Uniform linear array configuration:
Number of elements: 4
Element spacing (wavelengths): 0.25
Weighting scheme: hann
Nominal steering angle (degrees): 30
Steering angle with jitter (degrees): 31.905
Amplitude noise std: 0.05
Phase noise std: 0.05

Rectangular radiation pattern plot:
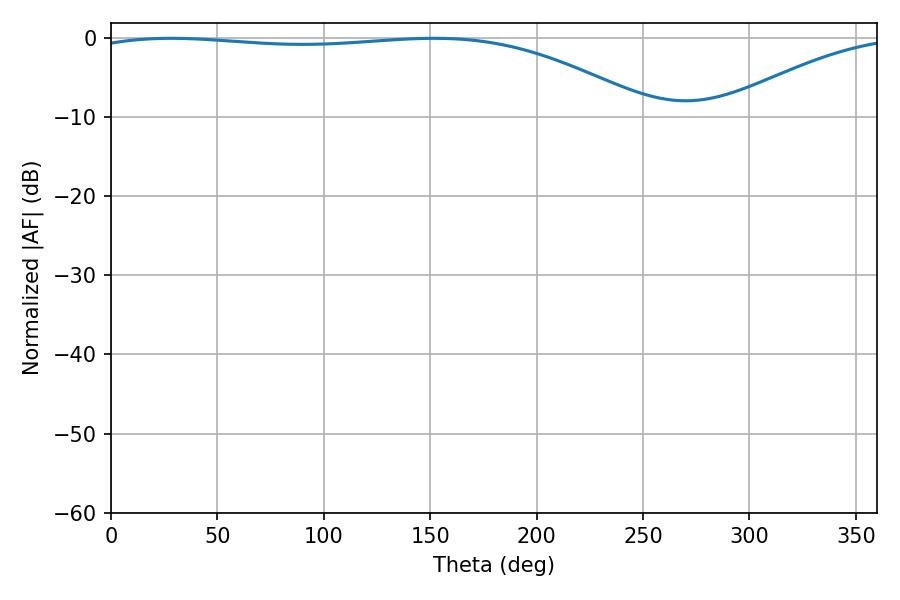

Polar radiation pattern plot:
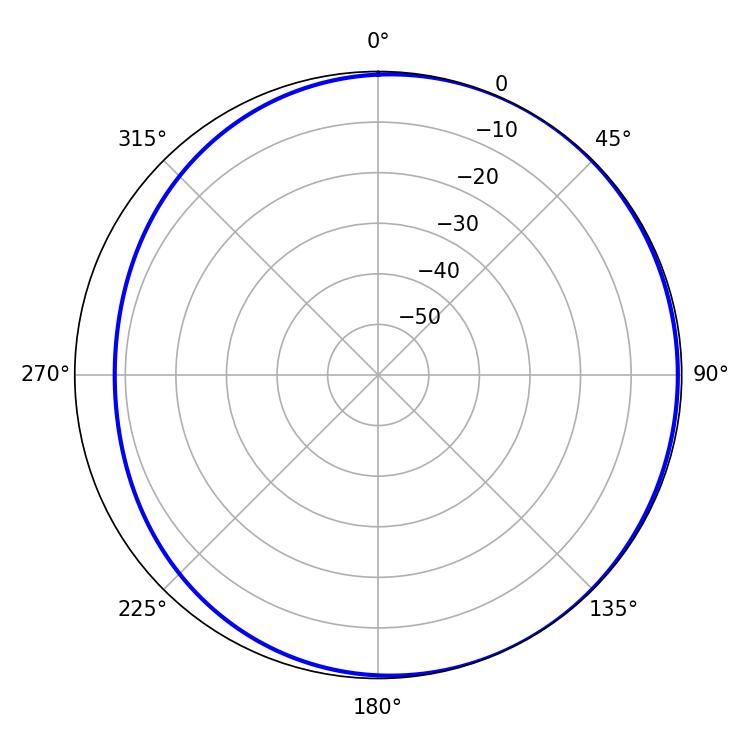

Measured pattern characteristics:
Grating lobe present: FALSE
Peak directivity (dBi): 2.204
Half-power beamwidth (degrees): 211.68
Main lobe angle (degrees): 28.26